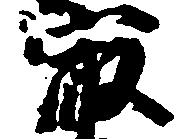
最